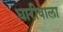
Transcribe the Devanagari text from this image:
धारीवाला